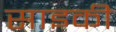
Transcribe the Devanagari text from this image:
साइकी